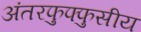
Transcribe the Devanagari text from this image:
अंतरफुफ्फुसीय